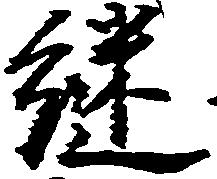
継